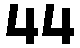
44